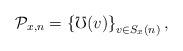
LaTeX: \begin{align*}\mathcal{P}_{x,n}=\left\{ \mho(v)\right\} _{v\in S_{x}(n)},\end{align*}